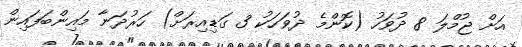
އަށް ޖުމްލަ 8 ދުވަހު (ކޮންމެ ދުވަހަކު 3 ގަޑިއިރަށް) ހަރުދަނާ މައިންބަފައިން